Civil Veterinary Dept. Assam report 1927-50 - 1927-1950
Year: 1927
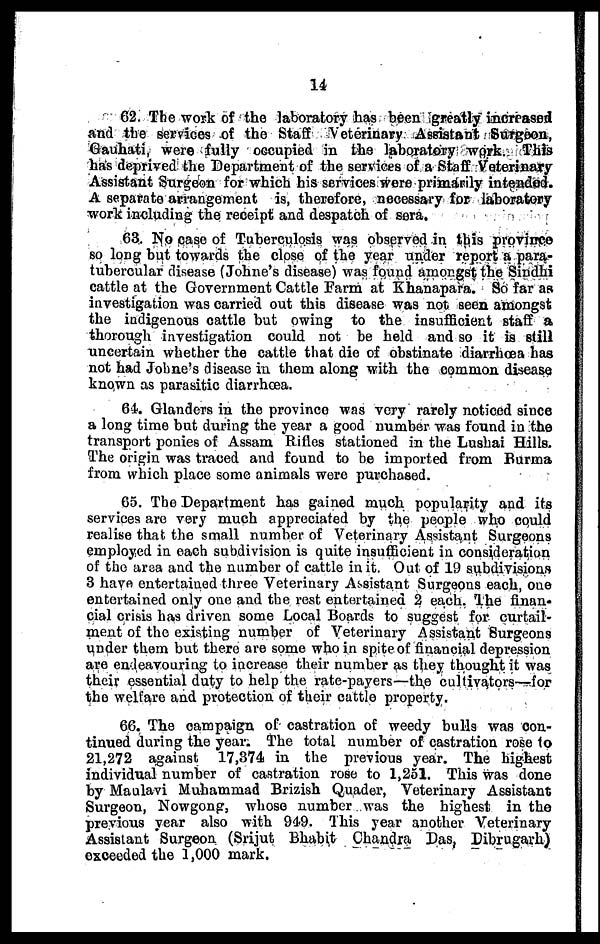
14
62. The work of the laboratory has been greatly increased
and the services of the Staff Veterinary Assistant Surgeon,
Gauhati, were fully occupied in the laboratory work. This
has deprived the Department of the services of a Staff Veterinary
Assistant Surgeon for which his services wore primarily intended.
A separate arrangement is, therefore, necessary for laboratory
work including the receipt and despatch of sera.
63. No case of Tuberculosis was observed in this province
so long but towards the close of the year under report a para-
tubercular disease (Johne's disease) was found amongst the Sindhi
cattle at the Government Cattle Farm at Khanapara. So far as
investigation was carried out this disease was not seen amongst
the indigenous cattle but owing to the insufficient staff a
thorough investigation could not be held and so it is still
uncertain whether the cattle that die of obstinate diarrhoea has
not had Johne's disease in them along with the common disease
known as parasitic diarrhoea.
64. Glanders in the province was very rarely noticed since
a long time but during the year a good number was found in the
transport ponies of Assam Rifles stationed in the Lushai Hills.
The origin was traced and found to be imported from Burma
from which place some animals were purchased.
65. The Department has gained much popularity and its
services are very much appreciated by the people who could
realise that the small number of Veterinary Assistant Surgeons
employed in each subdivision is quite insufficient in consideration
of the area and the number of cattle in it. Out of 19 subdivisions
3 have entertained three Veterinary Assistant Surgeous each, one
entertained only one and the rest entertained 2 each. The finan-
cial crisis has driven some Local Boards to suggest for curtail-
ment of the existing number of Veterinary Assistant Surgeons
under them but there are some who in spite of financial depression
are endeavouring to increase their number as they thought it was
their essential duty to help the rate-payers—the cultivators—for
the welfare and protection of their cattle property.
66. The campaign of castration of weedy bulls was con-
tinued during the year. The total number of castration rose 1o
21,272 against 17,374 in the previous year. The highest
individual number of castration rose to 1,251. This was done
by Maulavi Muhammad Brizish Quader, Veterinary Assistant
Surgeon, Nowgong, whose number was the highest in the
previous year also with 949. This year another Veterinary
Assistant Surgeon (Srijut Bhabit Chandra Das, Dibrugarh)
exceeded the 1,000 mark.